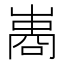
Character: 𠻭